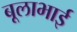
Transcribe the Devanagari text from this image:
बूलाभाई